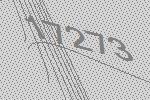
17273